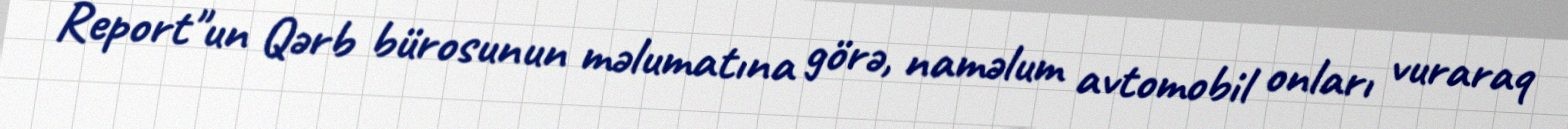
Report"un Qərb bürosunun məlumatına görə, naməlum avtomobil onları vuraraq